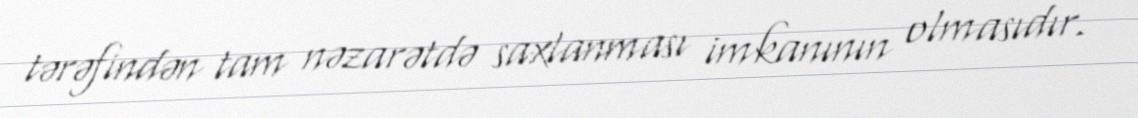
tərəfindən tam nəzarətdə saxlanması imkanının olmasıdır.